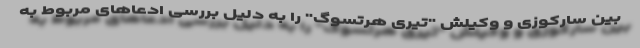
بین سارکوزی و وکیلش "تیری هرتسوگ" را به دلیل بررسی ادعاهای مربوط به